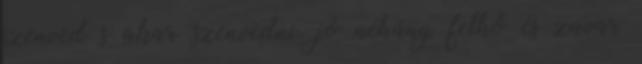
szenved s akar szenvedni, jó néhány felhő és zavar